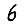
Digit: 6